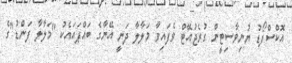
އޮކްސްފޯޑު ޔުނިވާސިޓީން ގުރެޖުއޭޓް ވެފައިވާ މަލާލާ ދަނީ އޭނާގެ ބައްޕައައެކު "މަލާލާ ފަންޑު"ގެ